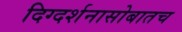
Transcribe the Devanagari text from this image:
दिग्दर्शनासोबातच